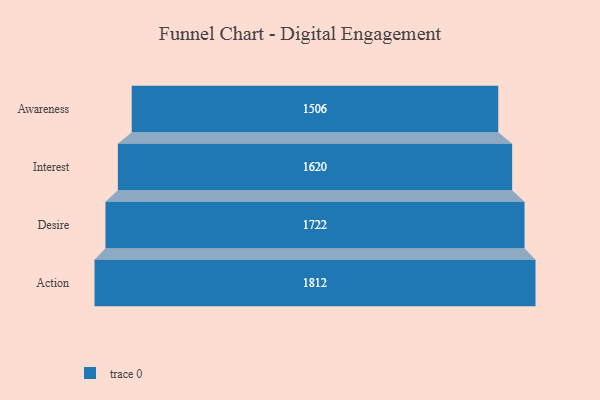
{"axis": {"x": "Stage", "y": "Value"}, "legend": [""], "data": [{"x": "Awareness", "y": 1506.0, "type": ""}, {"x": "Interest", "y": 1620.0, "type": ""}, {"x": "Desire", "y": 1722.0, "type": ""}, {"x": "Action", "y": 1812.0, "type": ""}]}